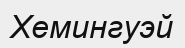
Хемингуэй